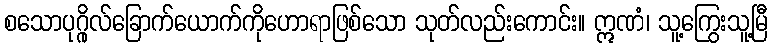
စသောပုဂ္ဂိုလ်ခြောက်ယောက်ကိုဟောရာဖြစ်သော သုတ်လည်းကောင်း။ ဣဏံ၊ သူ့ကြွေးသူ့မြီ